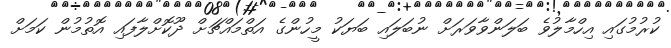
ކުރުމުގައި އިހްމާލުވެ ބަލަންވާވަރަށް ނުބަލައި ބަޔަކު މީހުންގެ އަތްމައްޗަށް ދޫކޮށްލާފައި އޮތުމުން ކަމަށް